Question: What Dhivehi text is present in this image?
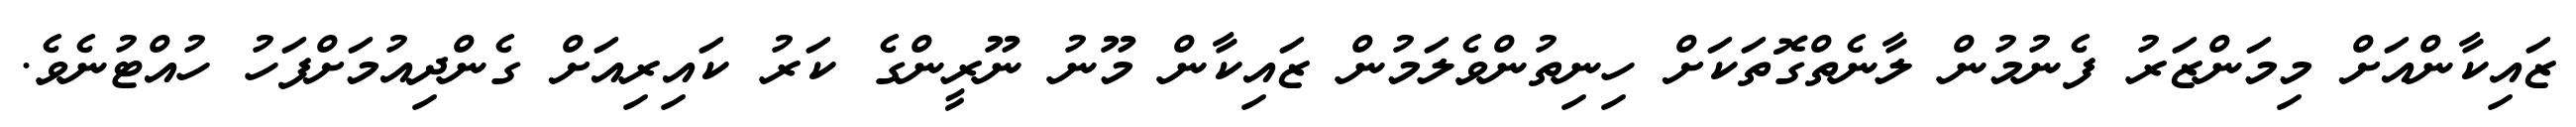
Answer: ޒައިކާންއަށް މިމަންޒަރު ފެނުމުން ލާނެތްގޮތަކަށް ހިނިތުންވެލަމުން ޒައިކާން މޫނު ނޫރީންގެ ކަރު ކައިރިއަށް ގެންދިއުމަށްފަހު ހުއްޓުނެވެ.